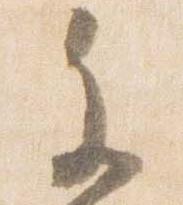
参